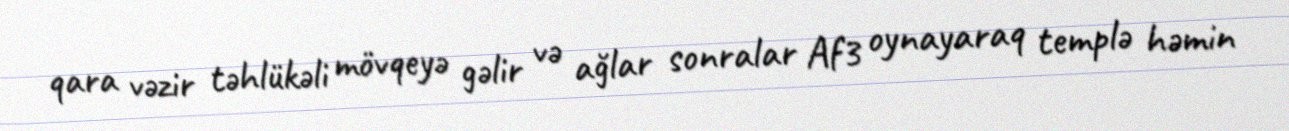
qara vəzir təhlükəli mövqeyə gəlir və ağlar sonralar Af3 oynayaraq templə həmin